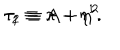
\tau _ { 1 } \equiv A + \eta ^ { 2 } \hspace { 2 . 5 c m } \tau _ { 2 } \equiv \pi - \eta ^ { 1 } .